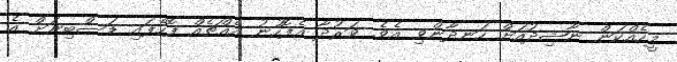
މީހެއްކަން ނާޝިދުއަށް ހަނދާންވި އެވެ. ވަރުދާ އެފޮހުނު އެއްޗެއް ފޮހެފައި ޑަސްބިނަށް އެ